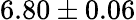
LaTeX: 6.80\pm 0.06